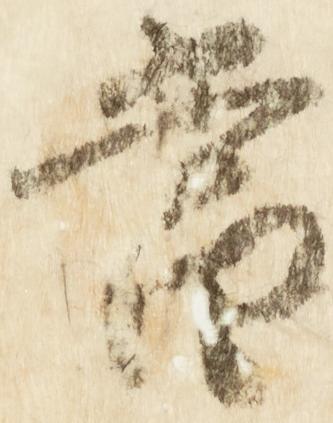
当